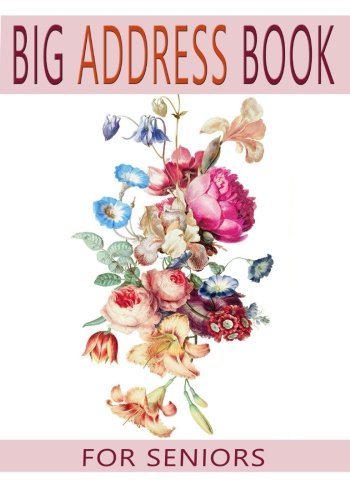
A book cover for Big Address Book For Seniors: Large Print With A-Z Tabs For Easy Reference (Big and Large Print Address Books); Blank Books 'N' Journals; Parenting & Relationships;